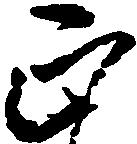
正